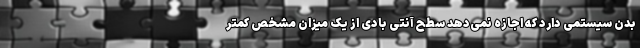
بدن سیستمی دارد که اجازه نمی‌دهد سطح آنتی بادی از یک میزان مشخص کمتر